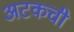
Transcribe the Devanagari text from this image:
अटकची